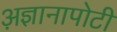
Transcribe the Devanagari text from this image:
अ़ज्ञानापोटी